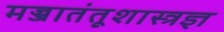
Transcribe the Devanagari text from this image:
मज्जातंतूशास्त्रज्ञ